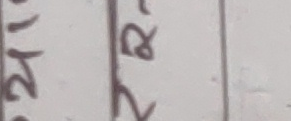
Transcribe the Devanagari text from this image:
२४१